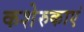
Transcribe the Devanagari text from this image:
कशेरुकाएं